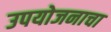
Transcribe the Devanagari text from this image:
उपयोजनाचा